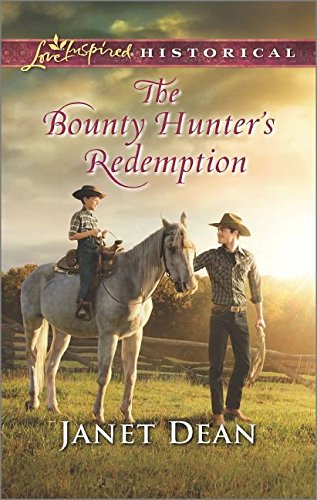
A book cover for The Bounty Hunter's Redemption (Love Inspired Historical); Janet Dean; Romance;